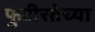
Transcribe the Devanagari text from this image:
फुटीरतेच्या